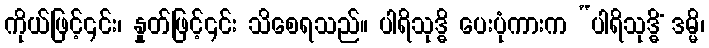
ကိုယ်ဖြင့်၎င်း၊ နှုတ်ဖြင့်၎င်း သိစေရသည်။ ပါရိသုဒ္ဓိ ပေးပုံကားက “ပါရိသုဒ္ဓိံ ဒမ္မိ၊